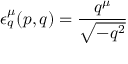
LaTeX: \epsilon _ { q } ^ { \mu } ( p , q ) = { \frac { q ^ { \mu } } { \sqrt { - q ^ { 2 } } } }